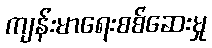
ကျန်းမာရေးစစ်ဆေးမှု